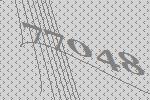
77048